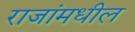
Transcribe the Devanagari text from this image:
राजांमधील